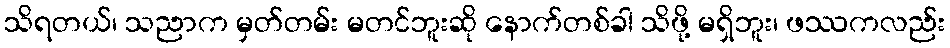
သိရတယ်၊ သညာက မှတ်တမ်း မတင်ဘူးဆို နောက်တစ်ခါ သိဖို့ မရှိဘူး၊ ဖဿကလည်း